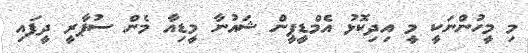
މި މީހުންނަކީ މީ އިދިކޮޅު އެމްޑީޕީން ޝައުނާ މީޑިއާ މެން ސުޕާރީ ދީފައި